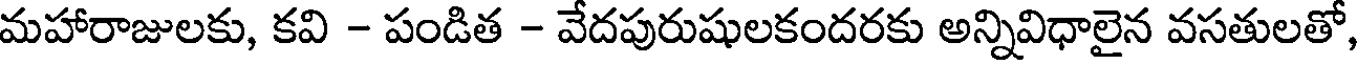
మహారాజులకు, కవి - పండిత - వేదపురుషులకందరకు అన్నివిధాలైన వసతులతో,